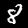
Label: 8